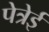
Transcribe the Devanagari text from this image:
पेत्रेई